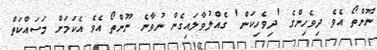
ނޫންތޯ އެވެ ދިވެހިންގެ 'ދިވެހިކަން' ގެއްލުވާލައިގެން ނުވާނެ ނޫންތޯ އެވެ އެކަމަށް މަސައްކަތް